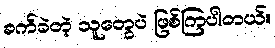
ခက်ခဲတဲ့ သူတွေပဲ ဖြစ်ကြပါတယ်။